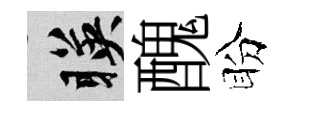
暎醜盼